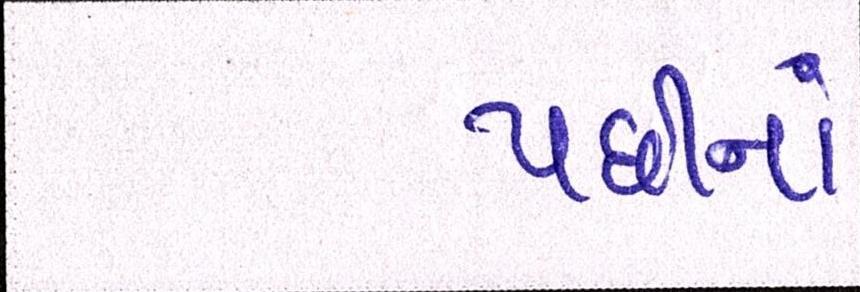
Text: પછીનાં